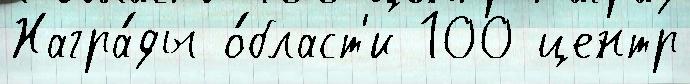
Награ́ды о́бласт'и 100 центр